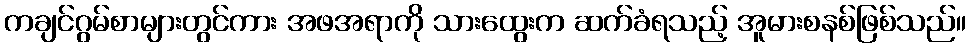
ကချင်ဂွမ်စာများတွင်ကား အဖအရာကို သားထွေးက ဆက်ခံရသည့် အူမားစနစ်ဖြစ်သည်။